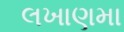
લખાણમા